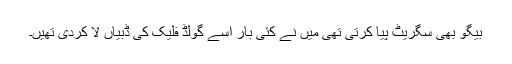
بیگو بھی سگریٹ پیا کرتی تھی میں نے کئی بار اسے گولڈ فلیک کی ڈبیاں لا کردی تھیں۔